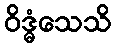
ဝိဒ္ဓံသေသိ